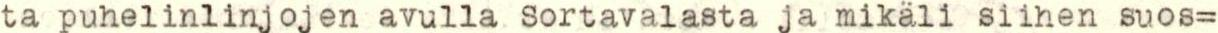
ta puhelinlinjojen avulla Sortavalasta ja mikäli siihen suos=